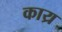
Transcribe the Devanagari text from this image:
काय्र